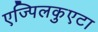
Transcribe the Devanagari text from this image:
एज्पिलकुएटा